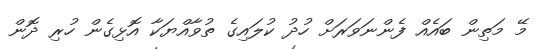
މޭ މަތިން ބައެއް ފެންނަވަރަށް ހުދު ކުލައިގެ ތުވާއްޔަކާ އޮޅިގެން ހުރި ދޮން